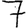
Digit: 7